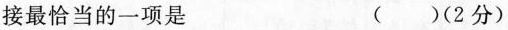
接最恰当的一项是 ( )(2分)